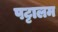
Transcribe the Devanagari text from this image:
पट्टालम